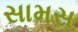
સામસ